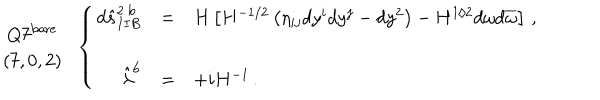
\begin{array} { c } { { Q 7 ^ { \mathrm { b a r e } } } } \\ { { ( 7 , 0 , 2 ) } } \\ \end{array} \, \, \, \left\{ \begin{array} { r c l } { { d \hat { s } _ { I I B } ^ { 2 \ \mathrm { b } } } } & { { = } } & { { H \left[ H ^ { - 1 / 2 } \left( \eta _ { i j } d y ^ { i } d y ^ { j } - d y ^ { 2 } \right) - H ^ { 1 / 2 } d \omega d \overline { { { \omega } } } \right] \, , } } \\ { { } } & { { } } & { { } } \\ { { \hat { \lambda } ^ { \mathrm { b } } } } & { { = } } & { { + i H ^ { - 1 } \, . } } \\ \end{array} \right.